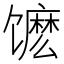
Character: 𬳔